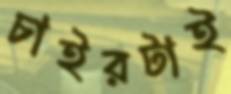
চাইরটাই